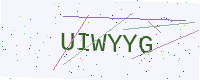
Text: UIWYYG